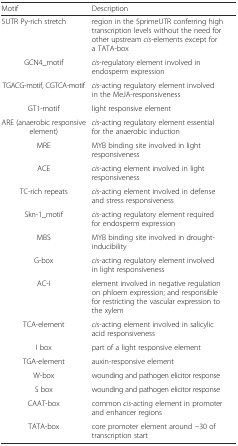
<table><thead><tr><td><b>Motif</b></td><td><b>Description</b></td></tr></thead><tbody><tr><td>5UTR Py-rich stretch</td><td>region in the 5primeUTR conferring high transcription levels without the need for other upstream <i>cis</i>-elements except for a TATA-box</td></tr><tr><td>GCN4_motif</td><td><i>cis</i>-regulatory element involved in endosperm expression</td></tr><tr><td>TGACG-motif, CGTCA-motif</td><td><i>cis</i>-acting regulatory element involved in the MeJA-responsiveness</td></tr><tr><td>GT1-motif</td><td>light responsive element</td></tr><tr><td>ARE (anaerobic responsive element)</td><td><i>cis</i>-acting regulatory element essential for the anaerobic induction</td></tr><tr><td>MRE</td><td>MYB binding site involved in light responsiveness</td></tr><tr><td>ACE</td><td><i>cis</i>-acting element involved in light responsiveness</td></tr><tr><td>TC-rich repeats</td><td><i>cis</i>-acting element involved in defense and stress responsiveness</td></tr><tr><td>Skn-1_motif</td><td><i>cis</i>-acting regulatory element required for endosperm expression</td></tr><tr><td>MBS</td><td>MYB binding site involved in drought-inducibility</td></tr><tr><td>G-box</td><td><i>cis</i>-acting regulatory element involved in light responsiveness</td></tr><tr><td>AC-I</td><td>element involved in negative regulation on phloem expression; and responsible for restricting the vascular expression to the xylem</td></tr><tr><td>TCA-element</td><td><i>cis</i>-acting element involved in salicylic acid responsiveness</td></tr><tr><td>I box</td><td>part of a light responsive element</td></tr><tr><td>TGA-element</td><td>auxin-responsive element</td></tr><tr><td>W-box</td><td>wounding and pathogen elicitor response</td></tr><tr><td>S box</td><td>wounding and pathogen elicitor response</td></tr><tr><td>CAAT-box</td><td>common <i>cis</i>-acting element in promoter and enhancer regions</td></tr><tr><td>TATA-box</td><td>core promoter element around −30 of transcription start</td></tr></tbody></table>